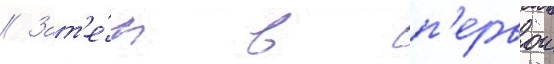
// Зат'е́м в п'ервои